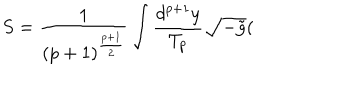
LaTeX: S = \frac 1 { ( p + 1 ) ^ { \frac { p + 1 } 2 } } \int \frac { d ^ { p + 1 } y } { T _ { p } } \sqrt { - \tilde { g } } (